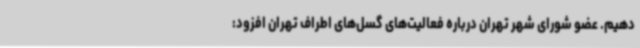
دهیم. عضو شورای شهر تهران درباره فعالیت‌های گسل‌های اطراف تهران افزود: